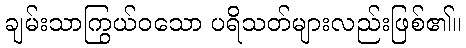
ချမ်းသာကြွယ်ဝသော ပရိသတ်များလည်းဖြစ်၏။